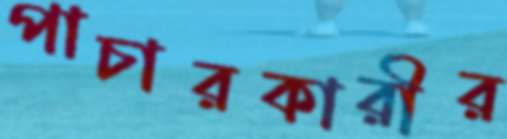
পাচারকারীর